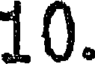
10.